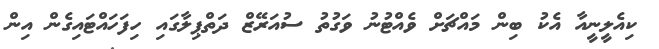
ކިއެލީނީއާ އެކު ބިން މައްޗަށް ވެއްޓުނު ވަގުތު ސުއަރޭޒް ދަތްޕިލާގައި ހިފަހައްޓައިގެން އިން